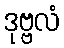
ဒုဗ္ဗလံ